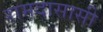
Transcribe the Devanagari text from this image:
रामदासासी